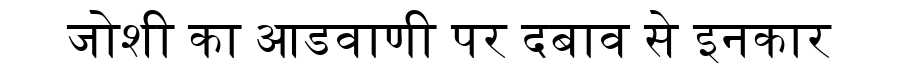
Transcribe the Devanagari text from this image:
जोशी का आडवाणी पर दबाव से इनकार